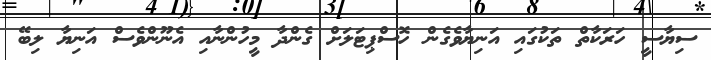
ސިޔާސީ ހަރަކާތް ތަކުގައި އަނިޔާވެގެން ހޮސްޕިޓަލަށް ގެންދާ މީހުންނާއި އެނޫންވެސް އަނިޔާ ލިބޭ